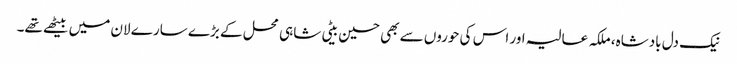
نیک دل بادشاہ، ملکہ عالیہ اور اس کی حوروں سے بھی حسین بیٹی شاہی محل کے بڑے سارے لان میں بیٹھے تھے۔